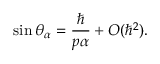
\sin \theta _ { \alpha } = \frac { \hbar } { p \alpha } + O ( \hbar ^ { 2 } ) .